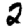
Digit: 2